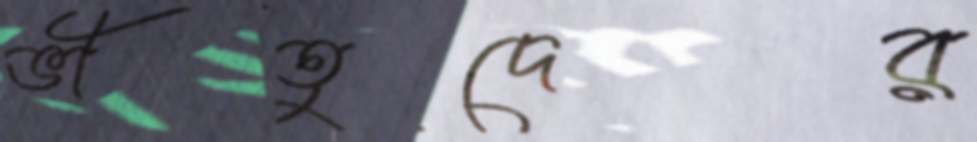
ভীতুদের